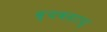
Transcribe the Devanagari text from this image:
व्यवसाय्